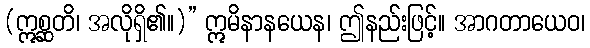
(ဣစ္ဆတိ၊ အလိုရှိ၏။)” ဣမိနာနယေန၊ ဤနည်းဖြင့်။ အာဂတာယေဝ၊